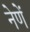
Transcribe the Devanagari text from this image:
नेणें